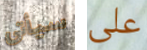
سيأتى على